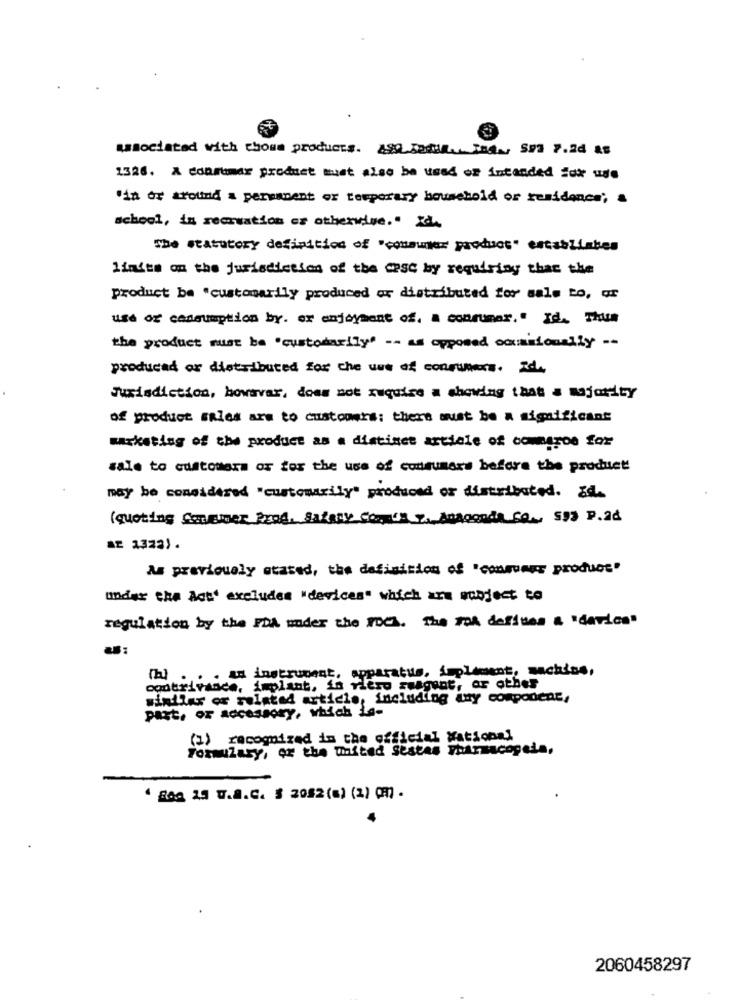
associated with choua products. 499 Jadun. Ind ., SP2 7.2d &B
1326. A conrumar product must also be used of intended Sox use
'in or around a permanent or temporary household or residence; a
school, in recreation or otherwise." Id.
The statutory definition of "consumer product" establishes
limits on the jurisdiction of the CPSC by requiring that the
product be "customarily produced or distributed for sale to, or
use or consumption by. or enjoyment of, a consumer." Id. Thus
the product must be "custodarily" -- as opposed occasionally --
produced or distributed for the use of consumers. Ide
Jurisdiction, howavar, does not require a showing that a majority
of product sales are to customers: there must be a significant
marketing of the product as a distinct article of commeros for
sale to customara or for the use of consumers before the product
may be considered "customarily" produced or distributed. &d.
(quoting CorEther Prod, Satamy So. 0 7. Anaconda 60 ., 593 P.a.
ar 1373).
As previously stated, the definition of "consumer product"
under the Act' excludes "devices" which are subject to
regulation by the FDA under the rock. The rok defines a "device"
.. . a instrument, apparatus, implement, sachins,
contrivance, implant, in rieso seagent, or other
windlar or related article, including any component,
Past, OF ACCESSory, which ho-
(1) recognized in the official National
Formulary, or the united Sestas yharmacogela,
' Boa 15 U.A.C. § 2082(8) (2) Qm) .
2060458297